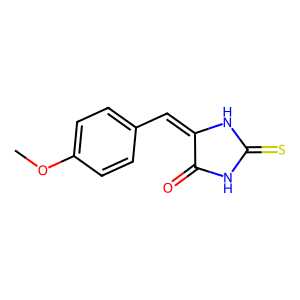
SMILES: COc1ccc(C=C2NC(=S)NC2=O)cc1
Inhibits HIV replication: No